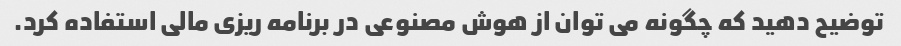
توضیح دهید که چگونه می توان از هوش مصنوعی در برنامه ریزی مالی استفاده کرد.